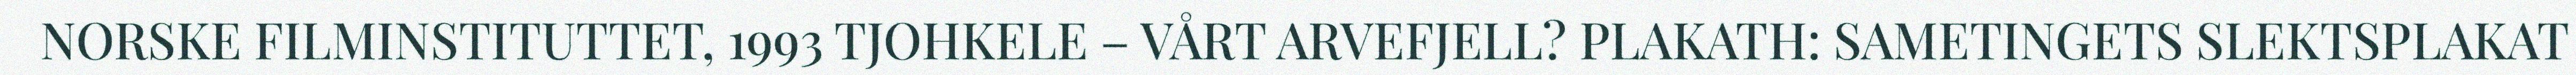
NORSKE FILMINSTITUTTET, 1993 TJOHKELE – VÅRT ARVEFJELL? PLAKATH: SAMETINGETS SLEKTSPLAKAT